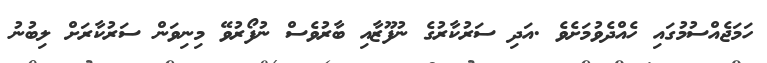
ހަމަޖެއްސުމުގައި ހެއްދެވުމަށެވެ .އަދި ސަރުކާރުގެ ނުފޫޒާއި ބާރުވެސް ނުފޯރުވޭ މިނިވަން ސަރުކާރަށް ލިބުނު